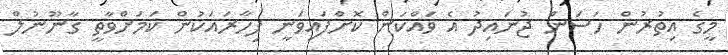
މީގެ އިތުރުން ހަސަން ޖުނައިދު އެ ވައްކަން ކޮށްފައިވަނީ ފިހާރައަކުން ކަމަށްވާތީ ގާނޫނުލް